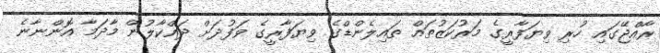
ރާއްޖޭގައި ހުރި ވިޔަފާރީގެ މަރުކަޒުތައް ތައިލެންޑްގެ ވިޔަފާރީގެ ވަފުދަށް ދައްކާލުން މާދަމާ އޮންނާނެ